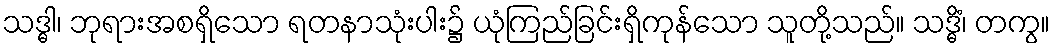
သဒ္ဓါ၊ ဘုရားအစရှိသော ရတနာသုံးပါး၌ ယုံကြည်ခြင်းရှိကုန်သော သူတို့သည်။ သဒ္ဓိံ၊ တကွ။